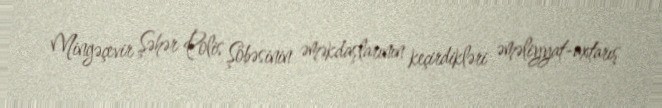
Mingəçevir Şəhər Polis Şöbəsinin əməkdaşlarının keçirdikləri əməliyyat-axtarış